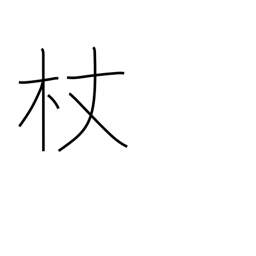
Meaning: staff